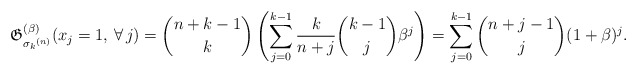
\begin{gather*}\mathfrak{G}_{{\sigma_{k}}^{(n)}}^{(\beta)}(x_j=1,\, \forall\, j)={n+k-1 \choose k} \left(\sum_{j=0}^{k-1} {k \over n+j} {k-1 \choose j} \beta^{j} \right) = \sum_{j=0}^{k-1} {n+j-1 \choose j} (1+\beta)^{j}. \end{gather*}